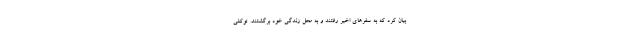
بیان کرد که به سفرهای اخیر رفتند و به محل زندگی خود برگشتند. توکلی